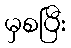
မှစပြီး